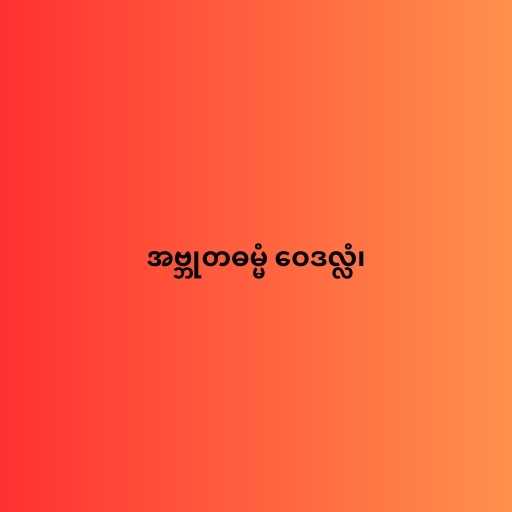
အဗ္ဘုတဓမ္မံ ဝေဒလ္လံ၊